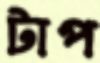
টাপ